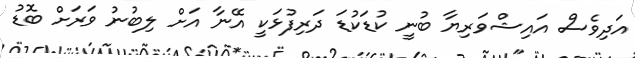
އަދިވެސް އައިޝްވަރިޔާ ބުނީ ކުޑަކުޑަ ދަރިފުޅަކީ އޭނާ އަށް ލިބުނު ވަރަށް ބޮޑު